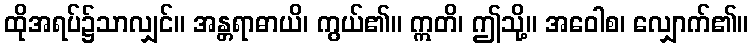
ထိုအရပ်၌သာလျှင်။ အန္တရာဓာယိ၊ ကွယ်၏။ ဣတိ၊ ဤသို့။ အဝေါစ၊ လျှောက်၏။